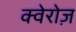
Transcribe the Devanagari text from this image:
क्वेरोज़